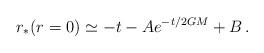
LaTeX: \begin{align*} r_*(r=0)\simeq-t-Ae^{-t/2GM}+B\,.\end{align*}